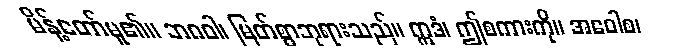
မိန့်တော်မူ၏။ ဘဂဝါ၊ မြတ်စွာဘုရားသည်။ ဣဒံ၊ ဤစကားကို။ အဝေါစ၊